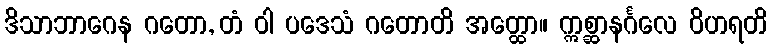
ဒိသာဘာဂေန ဂတော, တံ ဝါ ပဒေသံ ဂတောတိ အတ္ထော။ ဣစ္ဆာနင်္ဂလေ ဝိဟရတိ